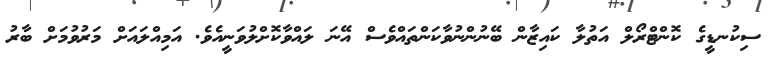
ސިކުނޑީގެ ކޮންޓްރޯލް އަތުލާ ކައިޒާން ބޭނުންނުވާކަންތައްވެސް އޭނަ ލައްވާކޮށްލުވަނީއެވެ. އަމިއްލައަށް މަރުވުމަށް ބާރު